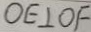
O E \bot O F